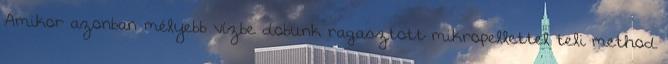
Amikor azonban mélyebb vízbe dobunk ragasztott mikropellettel teli method